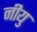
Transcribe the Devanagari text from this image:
नीयु